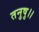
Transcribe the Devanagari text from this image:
तनुषु।।